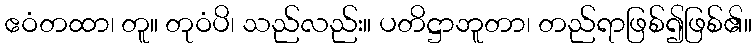
ဧဝံတထာ၊ တူ။ တုဝံပိ၊ သည်လည်း။ ပတိဋ္ဌာဘူတာ၊ တည်ရာဖြစ်၍ဖြစ်၏။